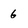
Character: 6